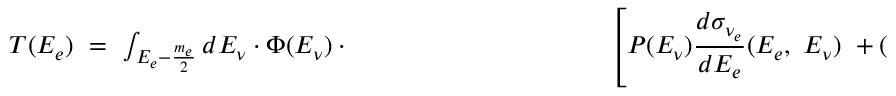
\begin{array} { c } { { T ( E _ { e } ) ~ = ~ \int _ { E _ { e } - { \frac { m _ { e } } { 2 } } } d E _ { \nu } \cdot \Phi ( E _ { \nu } ) \cdot ~ ~ ~ ~ ~ ~ ~ ~ ~ ~ ~ ~ \ ~ ~ ~ ~ ~ ~ ~ ~ ~ ~ ~ ~ ~ ~ ~ ~ ~ { \displaystyle \left[ P ( E _ { \nu } ) { \frac { d \sigma _ { \nu _ { e } } } { d E _ { e } } } ( E _ { e } , ~ E _ { \nu } ) ~ + ( 1 - P ( E _ { \nu } ) ) { \frac { d \sigma _ { \nu _ { \mu } } } { d E _ { e } } } ( E _ { e } , ~ E _ { \nu } ) \right] } } } \end{array}